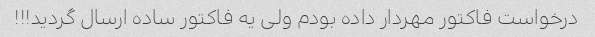
درخواست فاکتور مهردار داده بودم ولی یه فاکتور ساده ارسال گردید!!!